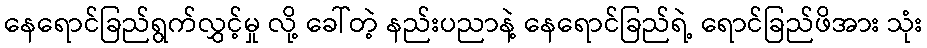
နေရောင်ခြည်ရွက်လွှင့်မှု လို့ ခေါ်တဲ့ နည်းပညာနဲ့ နေရောင်ခြည်ရဲ့ ရောင်ခြည်ဖိအား သုံး